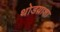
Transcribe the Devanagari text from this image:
थोडय़ाशा